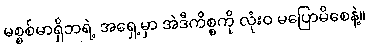
မစ္စစ်မာရှိဘရဲ့ အရှေ့မှာ အဲဒီကိစ္စကို လုံးဝ မပြောမိစေနဲ့။